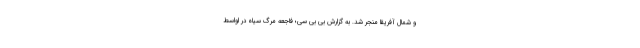
و شمال آفریقا منجر شد. به گزارش بی بی سی؛ فاجعه مرگ سیاه در اواسط